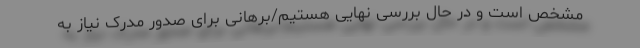
مشخص است و در حال بررسی نهایی هستیم/برهانی برای صدور مدرک نیاز به